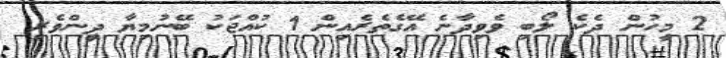
2 މީހުން ދެކެ ލޯބި ވެވިދާނެ އޭގެތެރެއިން 1 ކުއްޖަކު ބޭނުމިޔާ ދީންވެރި